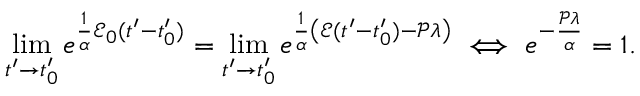
\operatorname* { l i m } _ { t ^ { \prime } \to t _ { 0 } ^ { \prime } } e ^ { \frac { 1 } { \alpha } \mathscr { E } _ { 0 } ( t ^ { \prime } - t _ { 0 } ^ { \prime } ) } = \operatorname* { l i m } _ { t ^ { \prime } \to t _ { 0 } ^ { \prime } } e ^ { \frac { 1 } { \alpha } \left( \mathscr { E } ( t ^ { \prime } - t _ { 0 } ^ { \prime } ) - \mathscr { P } \lambda \right) } \iff e ^ { - \frac { \mathscr { P } \lambda } { \alpha } } = 1 .